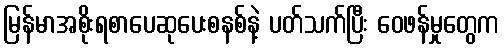
မြန်မာအစိုးရစာပေဆုပေးစနစ်နဲ့ ပတ်သက်ပြီး ဝေဖန်မှုတွေက